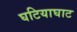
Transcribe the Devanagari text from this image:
घटियाघाट